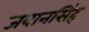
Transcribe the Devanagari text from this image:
जवानसिंह